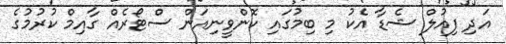
އަދި ފިއުލް ޝެޑާ އެކު މި ބިމުގައި ކޮންވީނިއަން ސްޓޯރެއް ގާއިމް ކުރުމުގެ